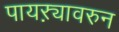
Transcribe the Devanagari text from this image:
पायऱ्यावरुन